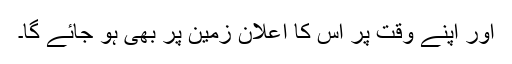
اور اپنے وقت پر اس کا اعلان زمین پر بھی ہو جائے گا۔